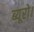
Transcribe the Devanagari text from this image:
ब्यूरो।